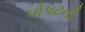
પોપટની